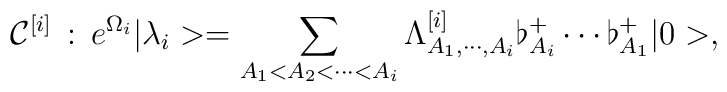
{\cal C}^{[i]}\, : \, e^{\Omega _i}|\lambda _i>=\sum _{A_1< A_2< \cdots < A_i}\Lambda ^{[i]}_{A_1,\cdots , A_i} \flat_{A_i}^+ \cdots \flat_{A_1}^+|0>,